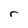
Character: r